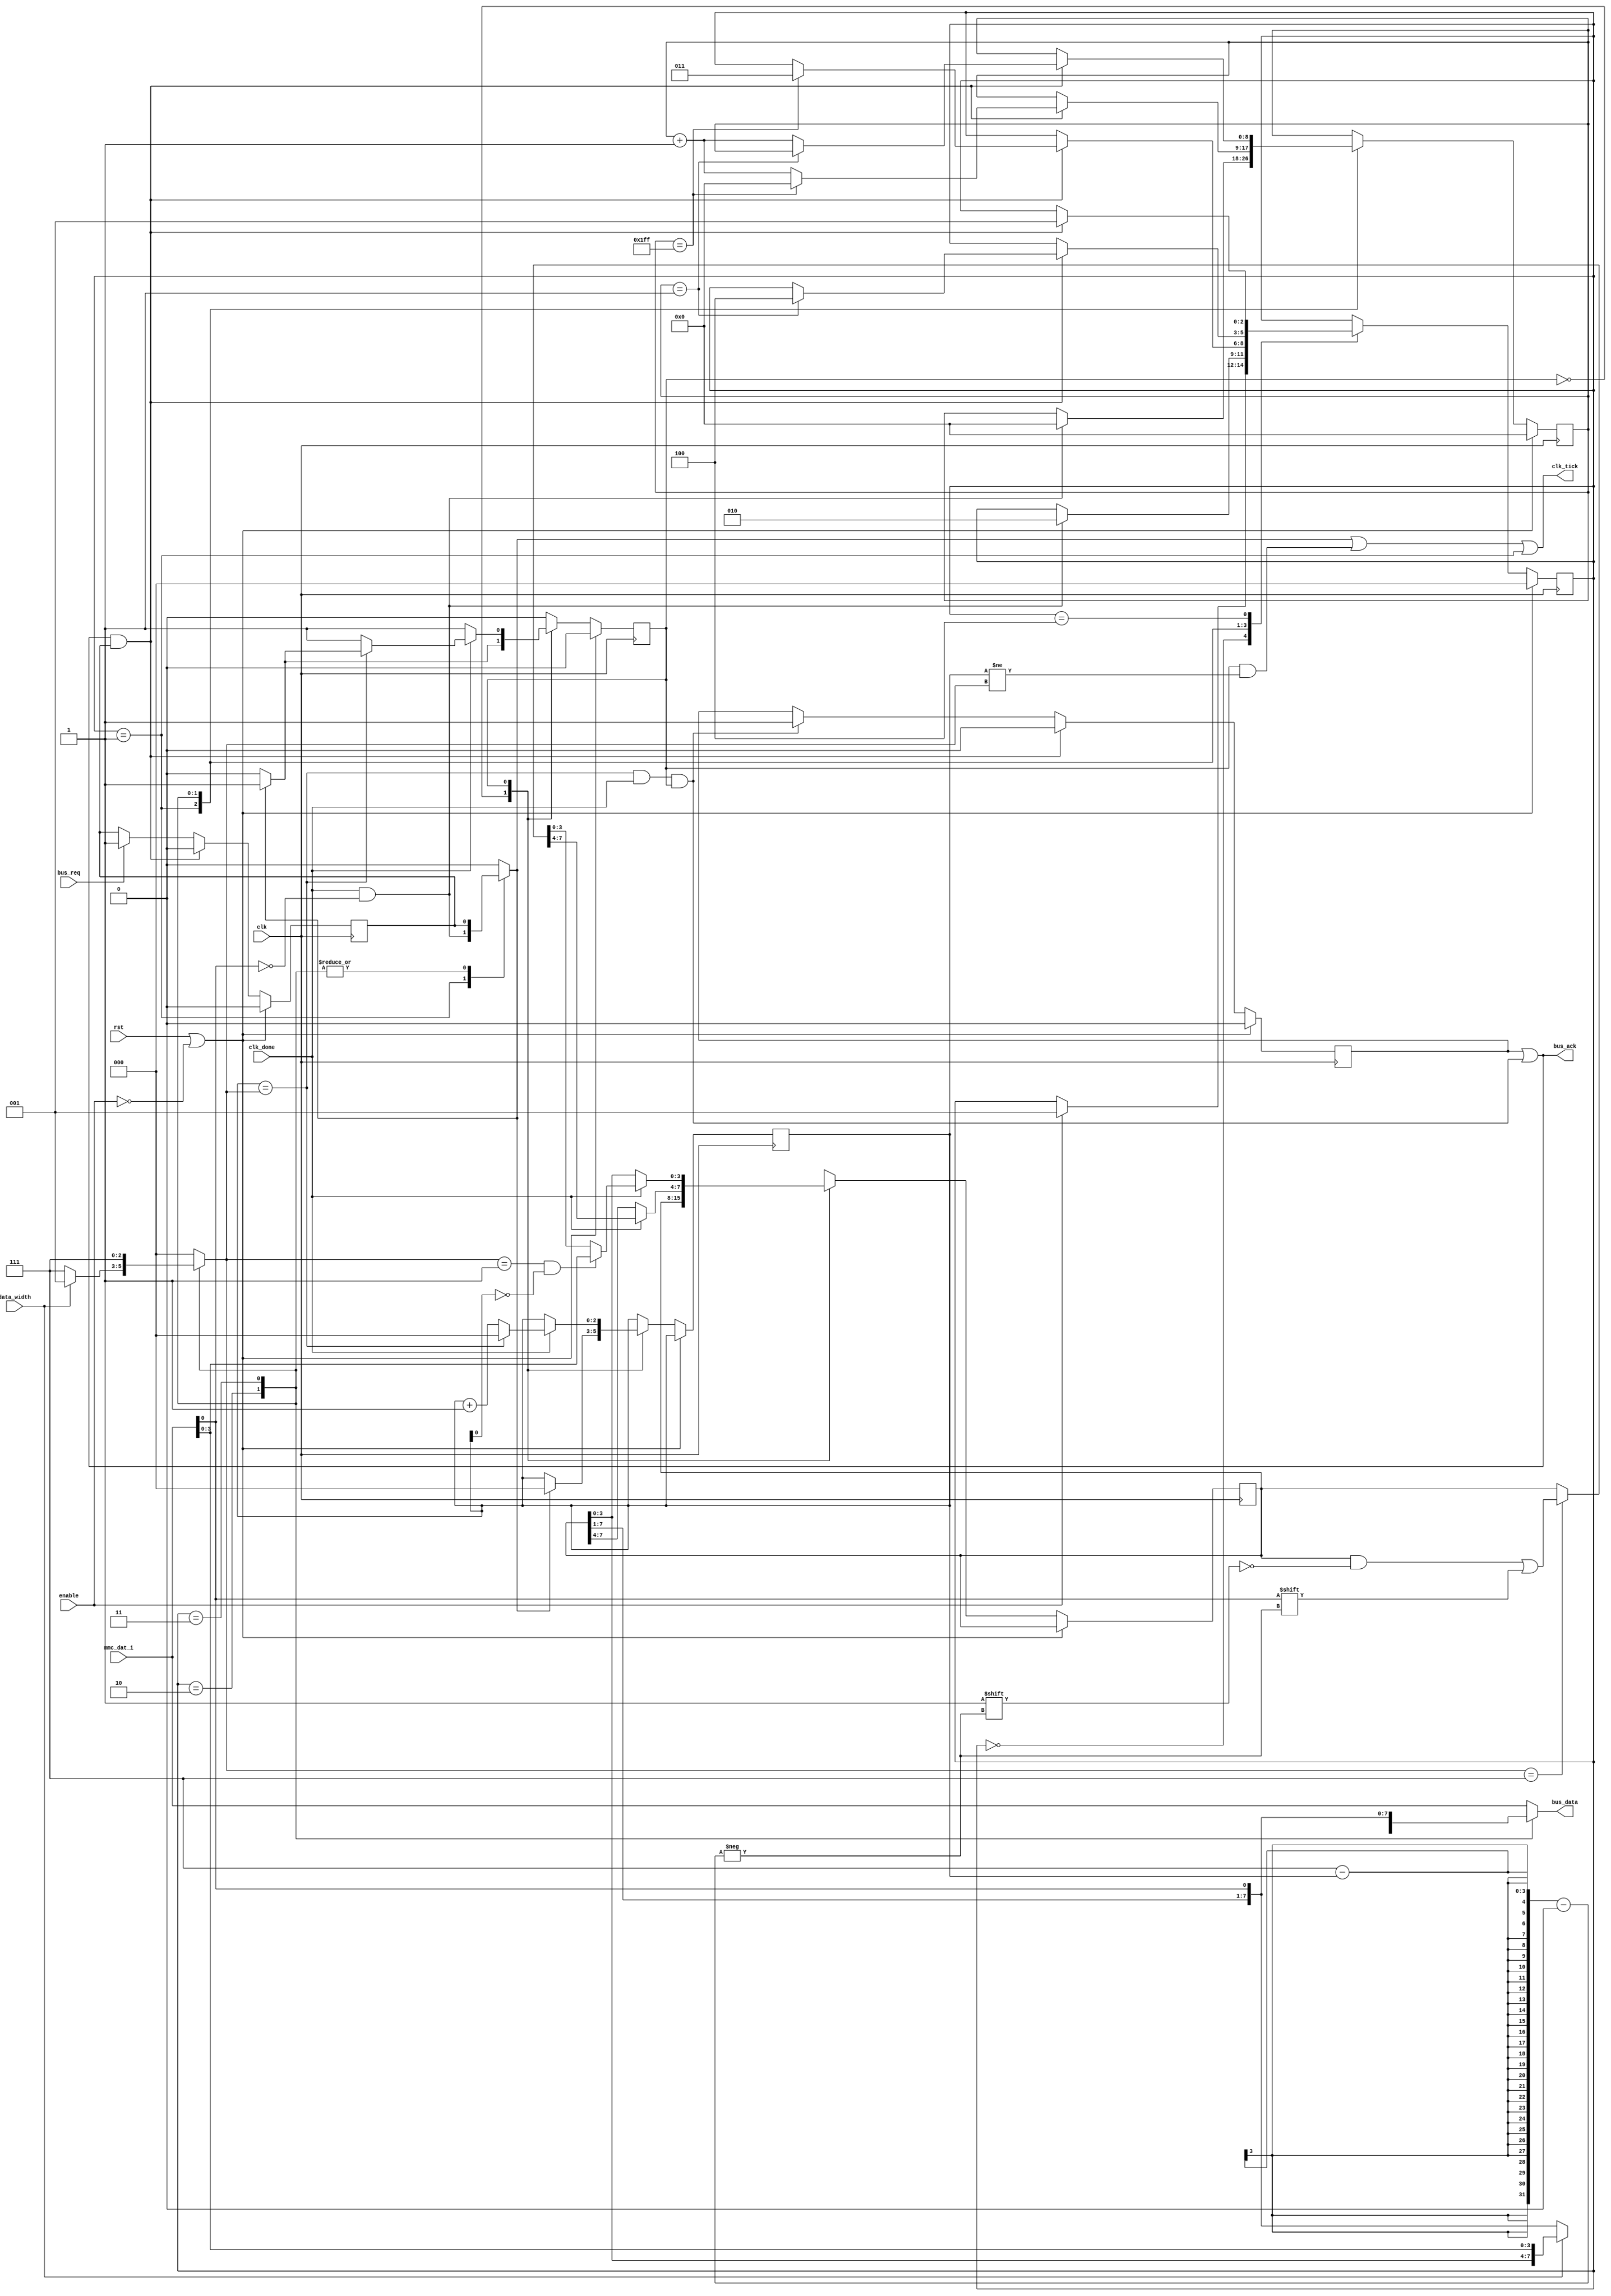
module rd_adv(
    input        clk,
    input        rst,
    input        enable,
    input        data_width,     
    input  [7:0] mmc_dat_i,
    output [7:0] bus_data,
    input        bus_req,
    output       bus_ack,
    output       clk_tick,
    input        clk_done
  );
  localparam BLK_SIZE      = 512;
  localparam BLK_SIZE_LOG2 = 9;

  reg [2:0] state;
  localparam IDLE   = 0;
  localparam SEARCH = 1;
  localparam DATA   = 2;
  localparam CRC    = 3;
  localparam STOP   = 4;

  reg [BLK_SIZE_LOG2 - 1:0] progress;

  wire data_done;
  assign bus_ack = data_done;

  wire data_rdy;
  reg data_rdy_latch;
  assign data_done = data_rdy_latch || data_rdy;

  reg bus_req_latch;
  //wire bus_trans = bus_req || bus_req_latch;
  wire bus_trans = bus_req_latch;

  always @(posedge clk) begin
    if (bus_req) begin
      bus_req_latch <= 1'b1;
    end
    if (bus_ack && bus_req_latch) begin
      bus_req_latch <= 1'b0;
    end

    if (data_rdy) begin
      data_rdy_latch <= 1'b1;
    end
    if (bus_trans && bus_ack) begin
      data_rdy_latch <= 1'b0;
    end

    if (rst || !enable) begin
      progress <= 0;
      state    <= IDLE;
      data_rdy_latch <= 1'b0;
      bus_req_latch  <= 1'b0;
    end else begin
      case (state)
        IDLE: begin
          if (enable) begin
            state    <= SEARCH;
          end
        end
        SEARCH: begin
          if (clk_done && !mmc_dat_i[0]) begin
            progress <= 0;
            state    <= DATA;
          end
        end
        DATA: begin
          if (data_done && bus_trans) begin
            if (progress == BLK_SIZE - 1) begin
              progress <= 0;
              state    <= CRC;
            end else begin
              progress <= progress + 1;
            end
          end
        end
        CRC: begin
          if (data_done && bus_trans) begin
            if (progress == 1) begin
              state <= STOP;
            end else begin
              progress <= progress + 1;
            end
          end 
        end
        STOP: begin
          if (data_done && bus_trans) begin
            state <= SEARCH;
          end
        end
      endcase
    end
  end 

  reg data_req;
  always @(*) begin
    data_req <= 0;
    case (state)
      SEARCH: begin
        data_req <= clk_done && !mmc_dat_i[0];
      end
      DATA: begin
        data_req <= bus_trans;
      end
      CRC: begin
        data_req <= bus_trans;
      end
    endcase
  end

  /******** Data Accumulation ********/

  reg busy;
  reg [2:0] dacc;
  reg [7:0] data_accum;

  wire [2:0] targ;

  always @(posedge clk) begin
    if (rst || !enable) begin
      busy <= 1'b0;
    end else begin
      case (busy)
        0: begin
          if (data_req) begin
            busy <= 1'b1;
            dacc <= 3'd0;
          end
        end
        1: begin
          if (clk_done) begin
            if (targ == 7)
              data_accum[7 - dacc] <= mmc_dat_i[0];
            if (targ == 1 && !dacc[0])
              data_accum[3:0] <= mmc_dat_i[3:0];

            dacc <= dacc + 1;
            if (dacc == targ) begin
              if (data_req) begin
                dacc <= 0;
              end else begin
                busy <= 1'b0;
                dacc <= 0;
              end
            end
          end
        end
      endcase
    end
  end

  assign data_rdy = dacc == targ && clk_done && busy;
  wire data_tick = data_req || busy && (dacc != targ);

  reg [2:0] targ_reg;
  assign targ = targ_reg;
  always @(*) begin
    case (state)
      DATA: begin
        case (data_width)
          0: /* 1bit */
            targ_reg <= 7;
          default: /* 4bit */
            targ_reg <= 1;
        endcase
      end
      CRC: begin
        targ_reg <= 7;
      end
      default: begin
        targ_reg <= 0;
      end
    endcase
  end

  /******* Bus Data Assignment *******/
  reg [7:0] bus_data_reg;
  assign bus_data = bus_data_reg;

  always @(*) begin
    case (state)
      DATA: begin
        case (data_width)
          0: /* 1bit */
            bus_data_reg <= {data_accum[7:1], mmc_dat_i[0]};
          default: /* 4bit */
            bus_data_reg <= {data_accum[3:0], mmc_dat_i[3:0]};
        endcase
      end
      CRC: begin
        bus_data_reg <= {data_accum[7:1], mmc_dat_i[0]};
      end
      default: begin
        bus_data_reg <= mmc_dat_i[7:0];
      end
    endcase
  end

  assign clk_tick = data_tick || state == SEARCH;
  /* be careful ^^^^^^^^^^^^^! */

endmodule